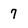
Character: 7